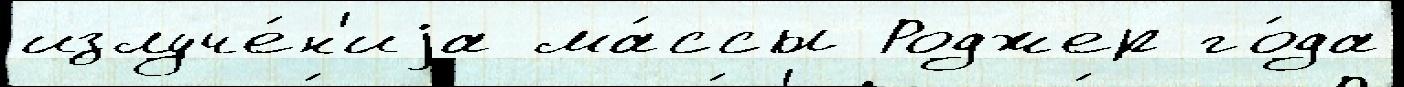
излуче́н'иjа ма́ссы Роджер го́да